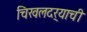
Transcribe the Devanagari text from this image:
चिखलदर्‍याची